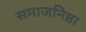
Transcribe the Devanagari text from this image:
समाजनिष्ठा